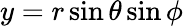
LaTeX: y=r\sin\theta\sin\phi